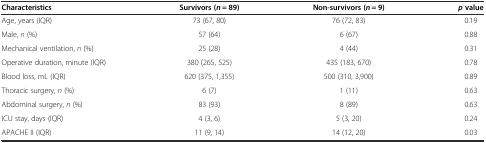
<table><thead><tr><td><b>Characteristics</b></td><td><b>Survivors (<i>n</i> = 89)</b></td><td><b>Non-survivors (<i>n</i> = 9)</b></td><td><b><i>p</i>value</b></td></tr></thead><tbody><tr><td>Age, years (IQR)</td><td>73 (67, 80)</td><td>76 (72, 83)</td><td>0.19</td></tr><tr><td>Male, <i>n</i> (%)</td><td>57 (64)</td><td>6 (67)</td><td>0.88</td></tr><tr><td>Mechanical ventilation, <i>n</i> (%)</td><td>25 (28)</td><td>4 (44)</td><td>0.31</td></tr><tr><td>Operative duration, minute (IQR)</td><td>380 (265, 525)</td><td>435 (183, 670)</td><td>0.78</td></tr><tr><td>Blood loss, mL (IQR)</td><td>620 (375, 1,355)</td><td>500 (310, 3,900)</td><td>0.89</td></tr><tr><td>Thoracic surgery, <i>n</i> (%)</td><td>6 (7)</td><td>1 (11)</td><td>0.63</td></tr><tr><td>Abdominal surgery, <i>n</i> (%)</td><td>83 (93)</td><td>8 (89)</td><td>0.63</td></tr><tr><td>ICU stay, days (IQR)</td><td>4 (3, 6)</td><td>5 (3, 20)</td><td>0.24</td></tr><tr><td>APACHE II (IQR)</td><td>11 (9, 14)</td><td>14 (12, 20)</td><td>0.03</td></tr></tbody></table>